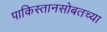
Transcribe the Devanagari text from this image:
पाकिस्तानसोबतच्या